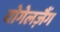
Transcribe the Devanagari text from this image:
वोगेलज़ैंग